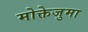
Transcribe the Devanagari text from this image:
मोक्तेजुमा